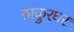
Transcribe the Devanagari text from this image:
ठाकुरघर